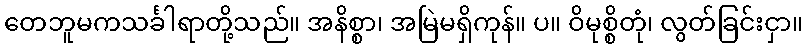
တေဘူမကသင်္ခါရာတို့သည်။ အနိစ္စာ၊ အမြဲမရှိကုန်။ ပ။ ဝိမုစ္စိတုံ၊ လွတ်ခြင်းငှာ။